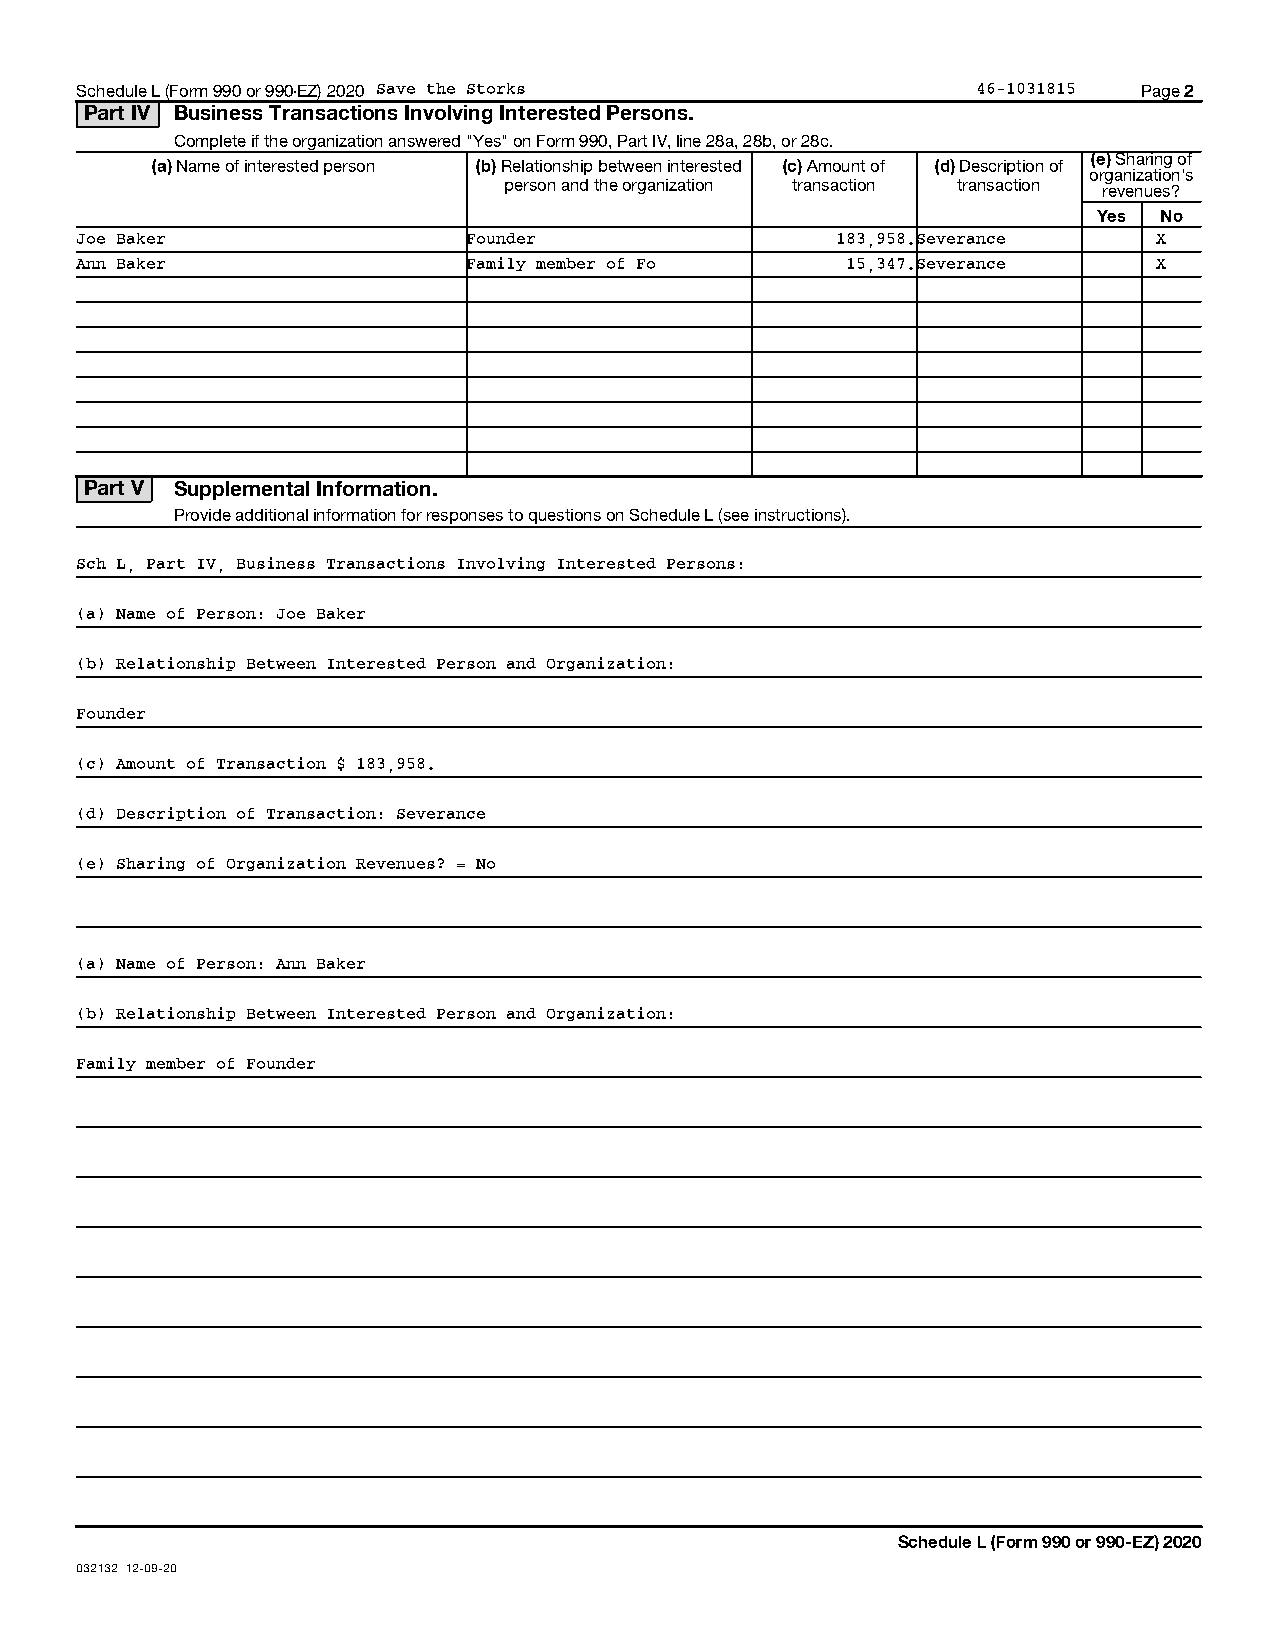
Schedule L (Form 990 or 990-EZ) 2020 Save the Storks        46-1031815 Page 2
 Part IV Business Transactions Involving Interested Persons.
 Complete if the organization answered "Yes" on Form 990, Part IV, line 28a, 28b, or 28c.
 (e) Sharing of
 (a) Name of interested person (b) Relationship between interested (c) Amount of (d) Description of
 organization’s
 person and the organization transaction transaction revenues?
 Yes No
 Joe Baker                 Founder                 183,958.Severance     X
 Ann Baker                 Family member of Fo      15,347.Severance     X
 Part V Supplemental Information.
 Provide additional information for responses to questions on Schedule L (see instructions).
 Sch L, Part IV, Business Transactions Involving Interested Persons:
 (a) Name of Person: Joe Baker
 (b) Relationship Between Interested Person and Organization:
 Founder
 (c) Amount of Transaction $ 183,958.
 (d) Description of Transaction: Severance
 (e) Sharing of Organization Revenues? = No
 (a) Name of Person: Ann Baker
 (b) Relationship Between Interested Person and Organization:
 Family member of Founder
 Schedule L (Form 990 or 990-EZ) 2020
 032132 12-09-20